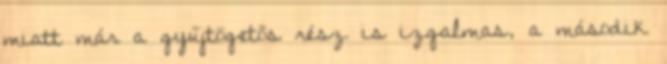
miatt már a gyűjtögetős rész is izgalmas, a második